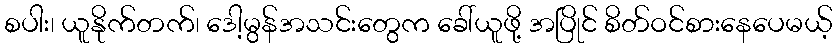
စပါး၊ ယူနိုက်တက်၊ ဒေါ့မွန်အသင်းတွေက ခေါ်ယူဖို့ အပြိုင် စိတ်ဝင်စားနေပေမယ့်